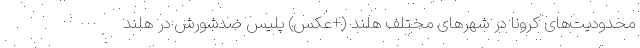
محدودیت‌های کرونا در شهرهای مختلف هلند (+عکس) پلیس ضدشورش در هلند